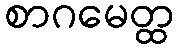
စာဂမေတ္ထ